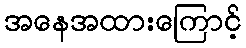
အနေအထားကြောင့်